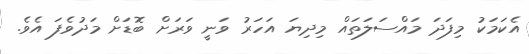
އެކަމަކު މިފަދަ މައްސަލަތައް މިދިޔަ އަހަރު ވަނީ ވަރަށް ބޮޑަށް މަދުވެފަ އެވެ.